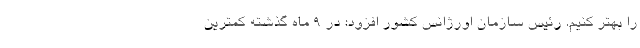
را بهتر کنیم. رئیس سازمان اورژانس کشور افزود: در ۹ ماه گذشته کمترین